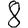
Digit: 8